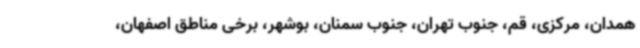
همدان، مرکزی، قم، جنوب تهران، جنوب سمنان، بوشهر، برخی مناطق اصفهان،